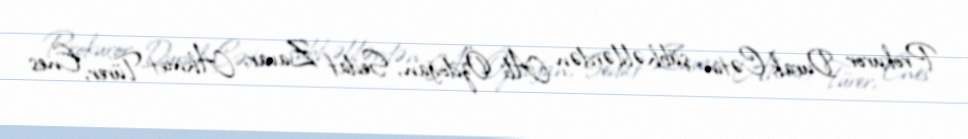
Prokuror Durak Çətin şübhəlilərdən Ali Özdoğan, Sedat Zavar, Ahmet Türer, Enes